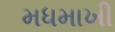
મધમાખી